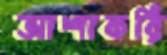
আশাকরি